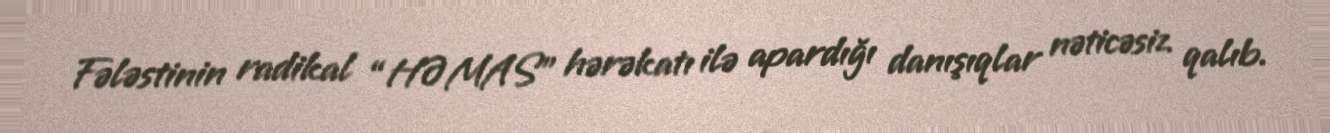
Fələstinin radikal “HƏMAS” hərəkatı ilə apardığı danışıqlar nəticəsiz qalıb.